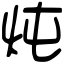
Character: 炖